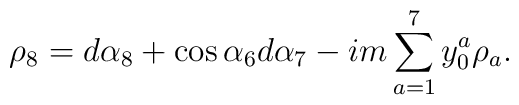
\rho_8 = d\alpha_8 +    \cos{\alpha_6} d\alpha_7-im\sum_{a=1}^7 y^a_0\rho_a.